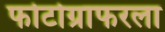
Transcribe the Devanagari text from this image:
फोटोग्राफरला